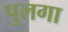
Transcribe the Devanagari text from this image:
पुलगा